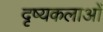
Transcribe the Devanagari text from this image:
दृष्यकलाओं